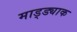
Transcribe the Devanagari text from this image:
माड्ड्याक